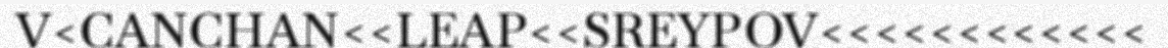
V<CANCHAN<<LEAP<<SREYPOV<<<<<<<<<<<<